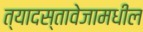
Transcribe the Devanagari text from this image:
त्यादस्तावेजामधील